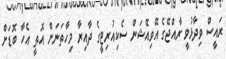
ރައީސް ވިދާޅުވީ ރާއްޖޭގެ އޭވިއޭޝަން ސެކިއުރިޓީގެ ދާއިރާ މިހާތަނަށް އޮތީ އެހާ ބޮޑަށް